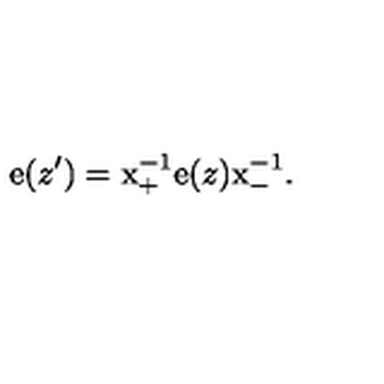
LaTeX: \mathrm { e } ( z ^ { \prime } ) = \mathrm { x } _ { + } ^ { - 1 } \mathrm { e } ( z ) \mathrm { x } _ { - } ^ { - 1 } .